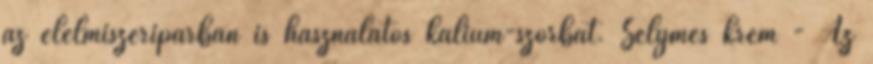
az élelmiszeriparban is használatos kálium-szorbát. Selymes krém - Az